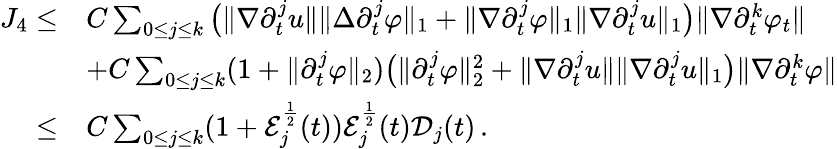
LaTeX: \begin{array}{rl}{J_{4}\leq}&{C\sum_{0\leq j\leq k}\big(\| \nabla\partial_{t}^{j}u\| \| \Delta\partial_{t}^{j}\varphi\| _{1}+\| \nabla\partial_{t}^{j}\varphi\| _{1}\| \nabla\partial_{t}^{j}u\| _{1}\big)\| \nabla\partial_{t}^{k}\varphi_{t}\| }\\ &{+C\sum_{0\leq j\leq k}(1+\| \partial_{t}^{j}\varphi\| _{2})\big(\| \partial_{t}^{j}\varphi\| _{2}^{2}+\| \nabla\partial_{t}^{j}u\| \| \nabla\partial_{t}^{j}u\| _{1}\big)\| \nabla\partial_{t}^{k}\varphi\| }\\ {\leq}&{C\sum_{0\leq j\leq k}(1+\mathcal{E}_{j}^{\frac{1}{2}}(t))\mathcal{E}_{j}^{\frac{1}{2}}(t)\mathcal{D}_{j}(t)\, .}\end{array}